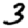
Digit: 3